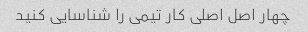
چهار اصل اصلی کار تیمی را شناسایی کنید